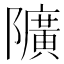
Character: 𨽏